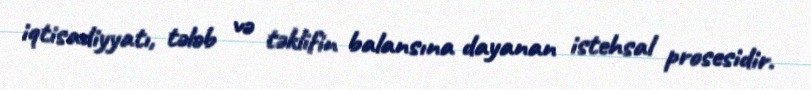
iqtisadiyyatı, tələb və təklifin balansına dayanan istehsal prosesidir.